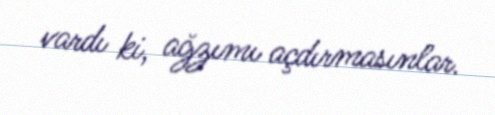
vardı ki, ağzımı açdırmasınlar.